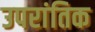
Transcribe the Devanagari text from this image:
उपरांतिक